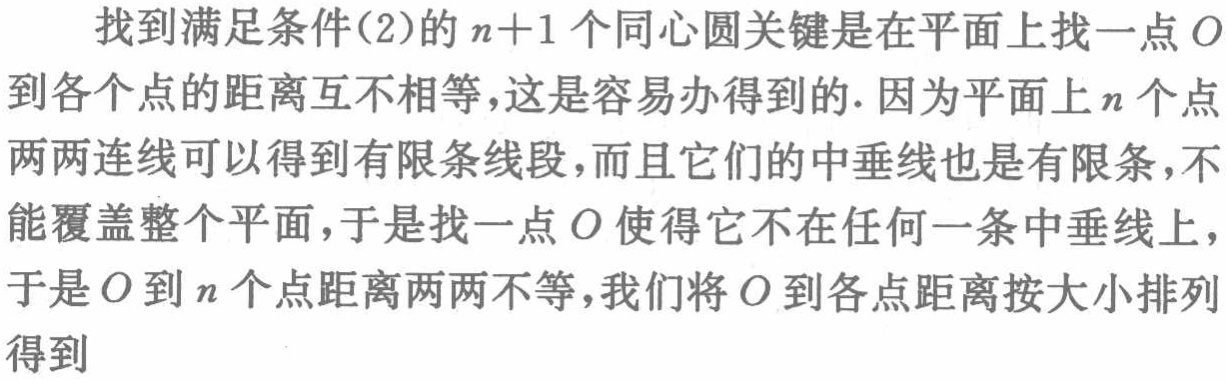
找到满足条件(2)的 \(n + 1\) 个同心圆关键是在平面上找一点 \(O\) 到各个点的距离互不相等，这是容易办得到的. 因为平面上 \(n\) 个点两两连线可以得到有限条线段，而且它们的中垂线也是有限条，不能覆盖整个平面，于是找一点 \(O\) 使得它不在任何一条中垂线上，于是 \(O\) 到 \(n\) 个点距离两两不等，我们将 \(O\) 到各点距离按大小排列得到